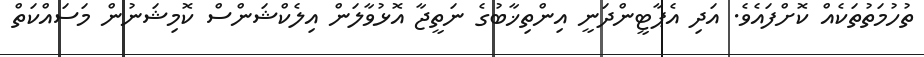
ތުހުމަތުތަކެއް ކޮށްފައެވެ. އަދި އެޕާޓީންދަނީ އިންތިޚާބުގެ ނަތީޖާ އޮޅުވާލަން އިލެކްޝަންސް ކޮމިޝަނުން މަސައްކަތް